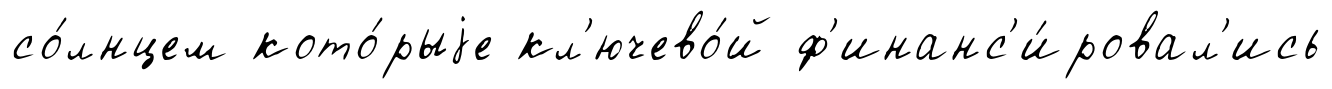
со́лнцем кото́рыjе кл'ючево́й ф'инанс'и́ровал'ись